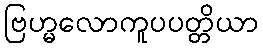
ဗြဟ္မလောကူပပတ္တိယာ